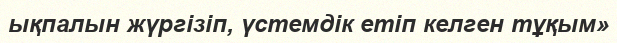
ықпалын жүргізіп, үстемдік етіп келген тұқым»